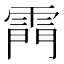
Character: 𮦗